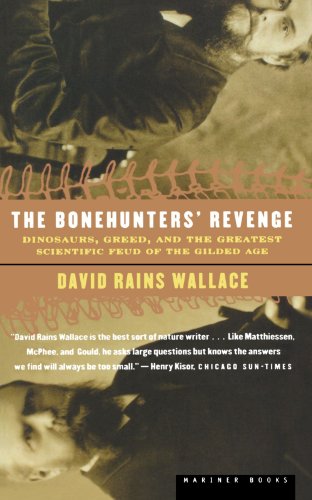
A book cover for The Bonehunters' Revenge: Dinosaurs and Fate in the Gilded Age; David Rains Wallace; Science & Math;